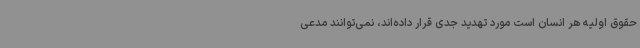
حقوق اولیه هر انسان است مورد تهدید جدی قرار داده‌اند، نمی‌توانند مدعی